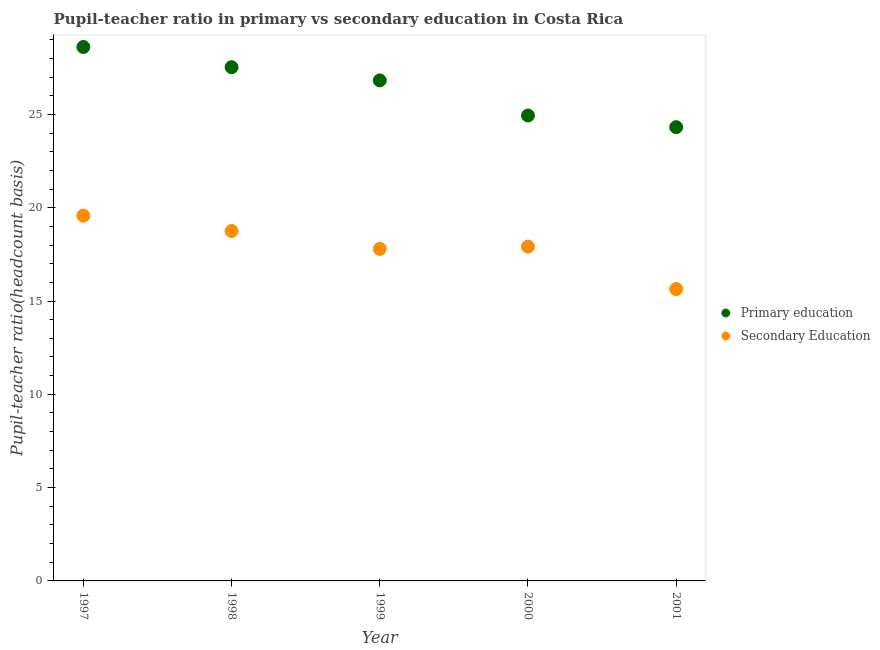
| Year | Primary education | Secondary Education |
 | --- | --- | --- |
 | 1997 | 28.6 | 19.6 |
 | 1998 | 27.5 | 18.8 |
 | 1999 | 26.8 | 17.8 |
 | 2000 | 24.9 | 17.9 |
 | 2001 | 24.3 | 15.6 |